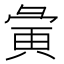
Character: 𫹆